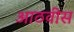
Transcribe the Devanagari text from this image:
आठवीस